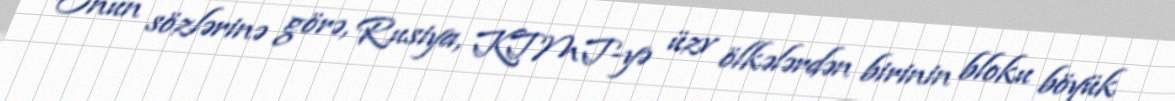
Onun sözlərinə görə, Rusiya, KTMT-yə üzv ölkələrdən birinin bloku böyük